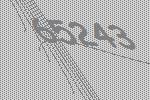
65243